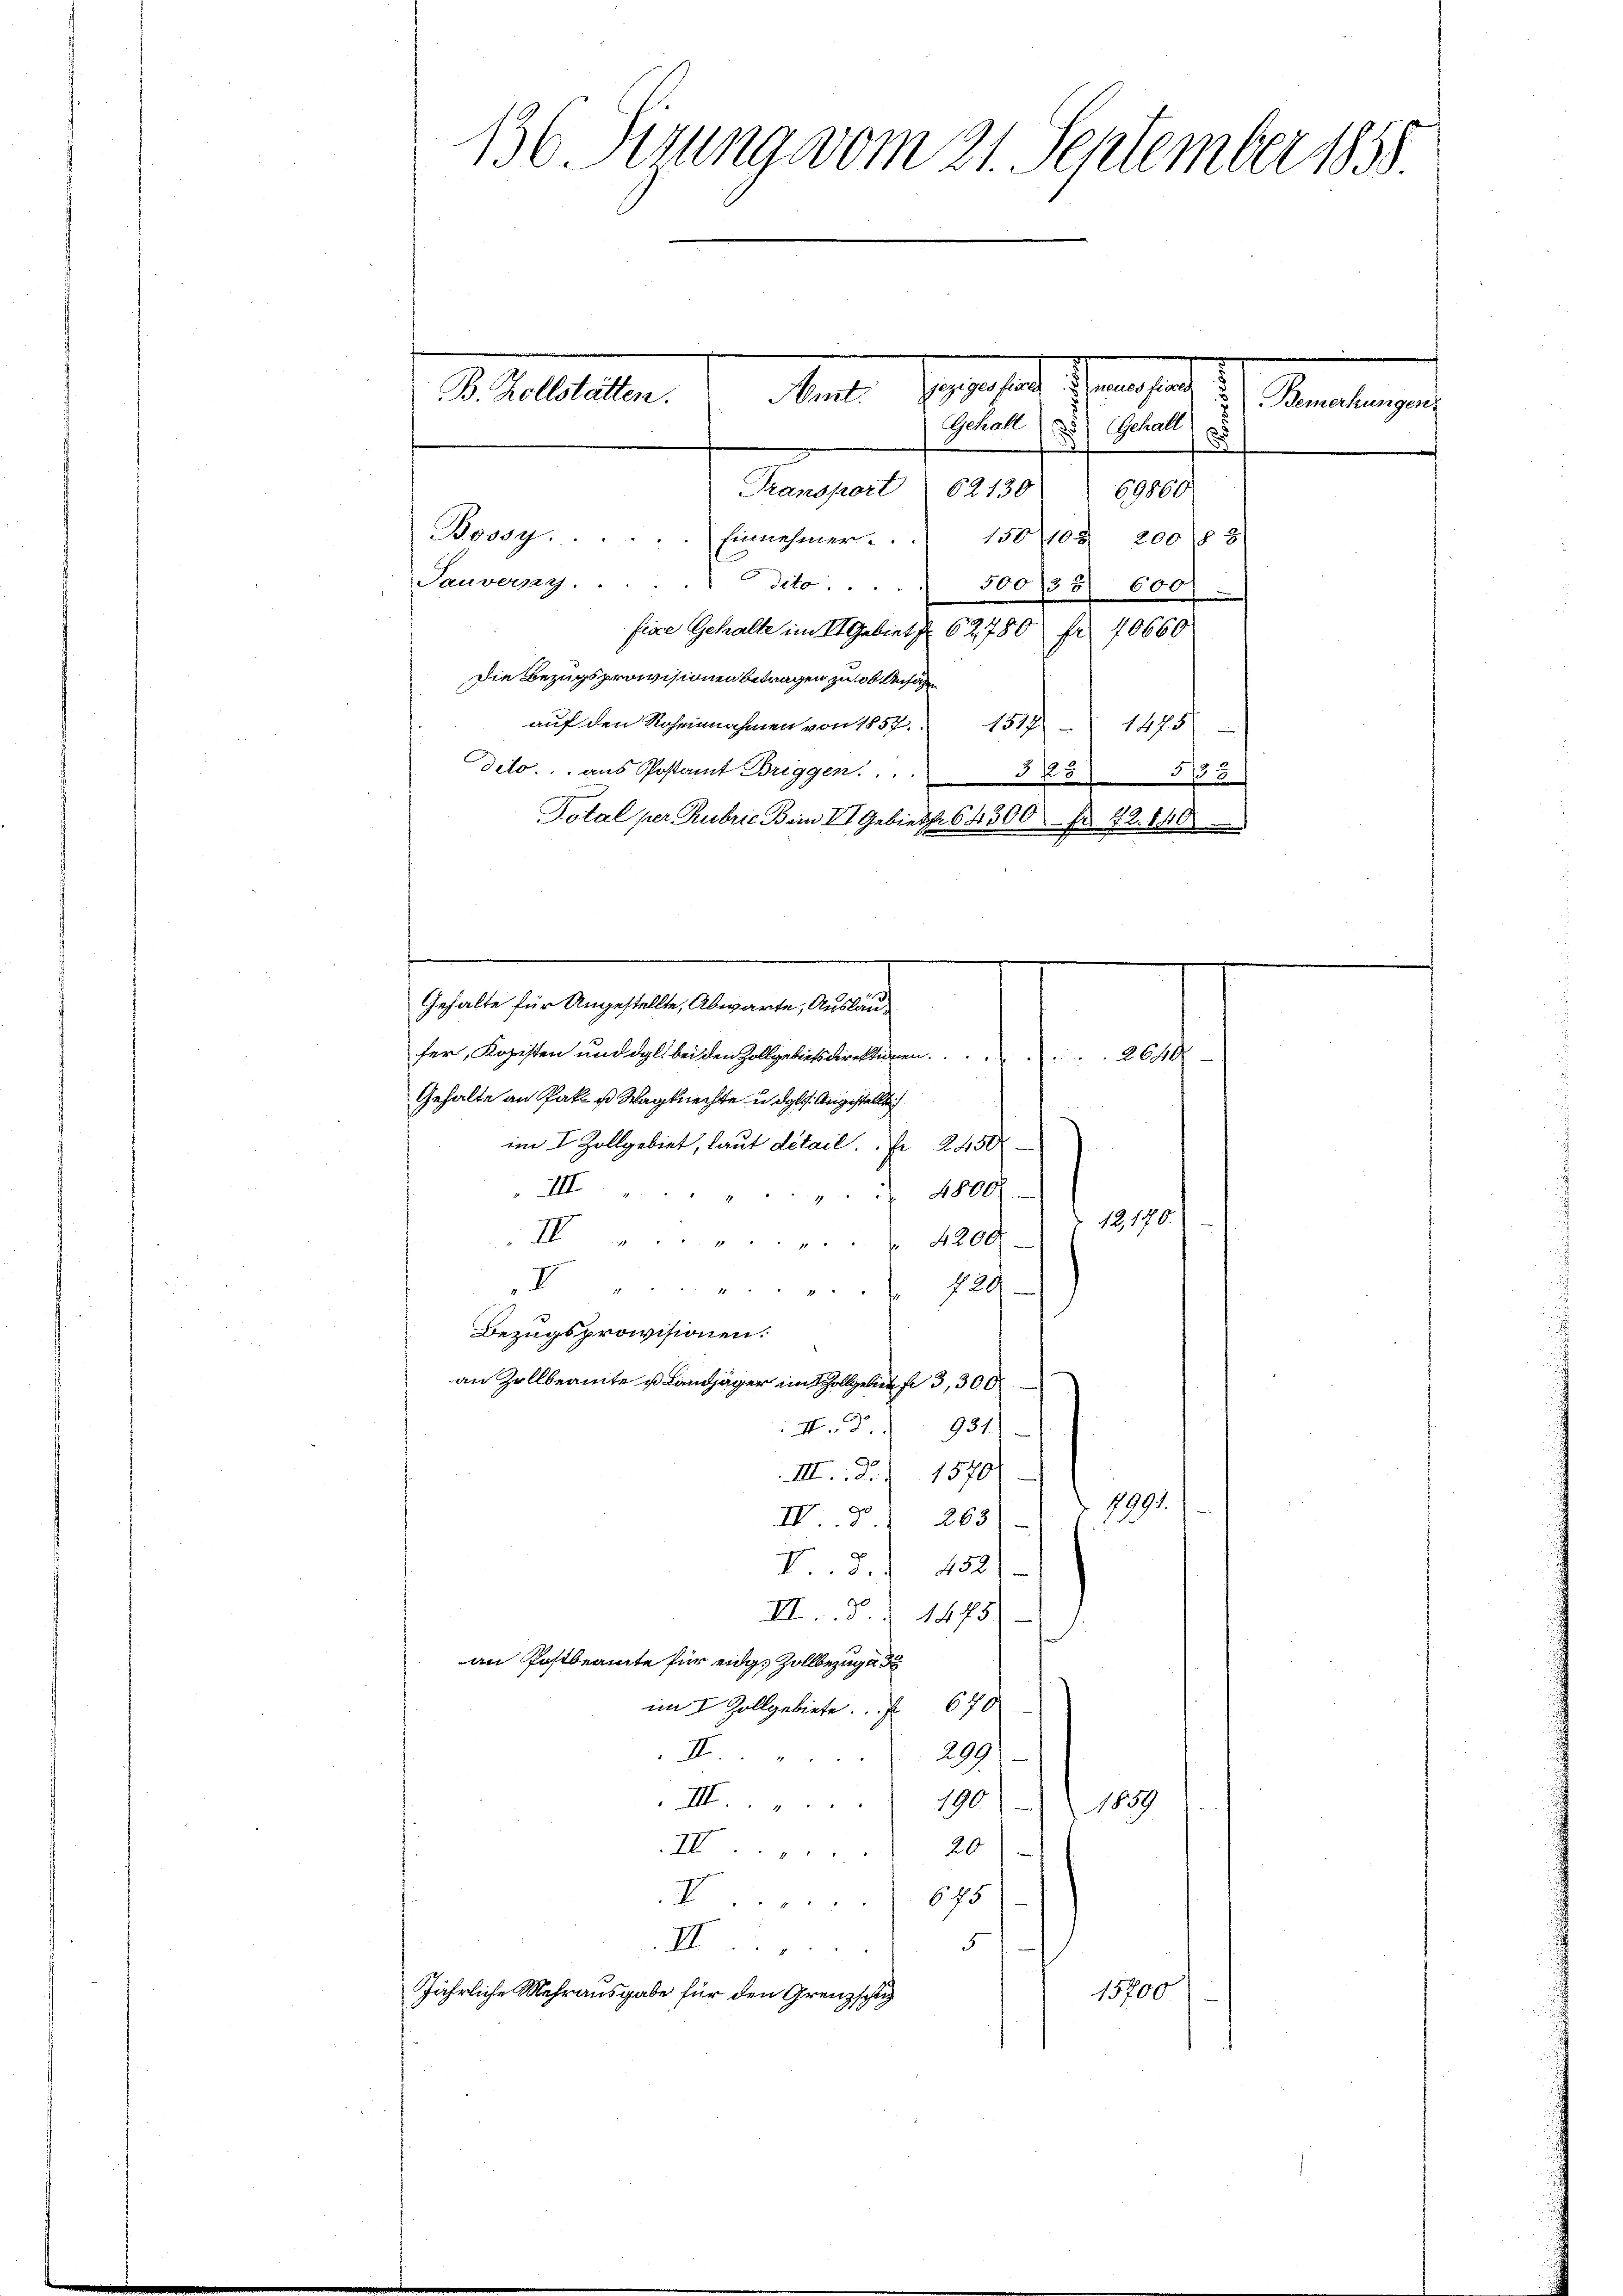
136. Sitzung vom 21. September 1858

B. Zollstätten.

Mante Speiser Sorgen
Gehalt (a) Gehalt
Transport 62130
69860
Bossy.  ..  ..  ..  ..  .   Einnehmer. 150103
200/21
Tauverny dito . . .
500/5 600)
fire Gehalte im 11. Gebiet 62780 fr 40660
Die Bezugsprovisionen betragen zu ob Ansäh
auf den Roheinnahmen von 1857. 1517 - 1475
deto aus Postamt Briggen.  ..
§ P5538
Total per Rubric Bein VI. Gebiet 64300 Fr. 42. 140
Galehrtenstaltung an de
fer, Kopisten und dgl. bei den Zollgebietsdirekturen 26/4
Gehalte an Pak u Wagknechte u. dgl. Angestellte
im I. Zollgebiet, laut detail. 2450
IIII
 4800
18101
IV
4200
 24 x
I
N 24
2 fr.
.
2
Bezugsprovisionen:
an Zollbeamte u Landjäger im Zollgebiet f. 3, 300
Nr. 931.
III. d. 1570
1991.
IV S. 263
d. F
452
I 8
VII. S. 1475
an Postbeamte für eidg. Zollbezug
im I. Zollgebiete. 670
I
209
III.
190.
1859
I 20
675
5
III
Jährliche Mehrausgabe für den Grenzschich
15700.

Bemerkungen